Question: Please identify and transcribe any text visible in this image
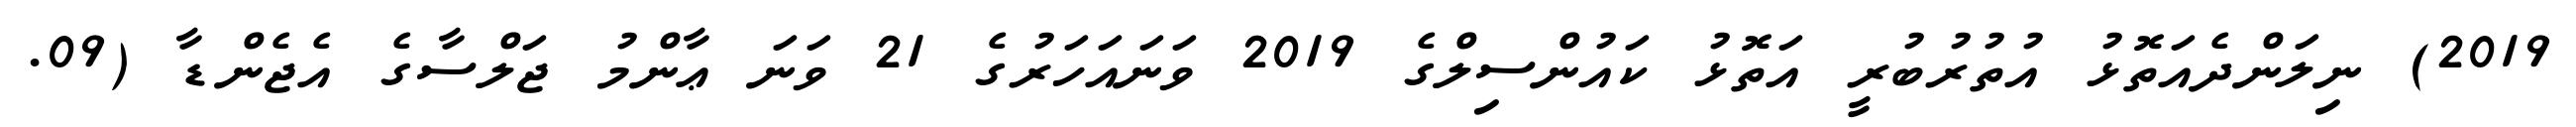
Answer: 2019) ނިލަންދެއަތޮޅު އުތުރުބުރީ އަތޮޅު ކައުންސިލްގެ 2019 ވަނައަހަރުގެ 21 ވަނަ ޢާންމު ޖަލްސާގެ އެޖެންޑާ (09.